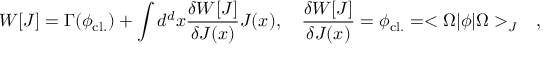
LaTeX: W [ J ] = \Gamma ( \phi _ { \mathrm { c l . } } ) + \int d ^ { d } x { \frac { \delta W [ J ] } { \delta J ( x ) } } J ( x ) , \quad { \frac { \delta W [ J ] } { \delta J ( x ) } } = \phi _ { \mathrm { c l . } } = < \Omega | \phi | \Omega > _ { J } \quad ,